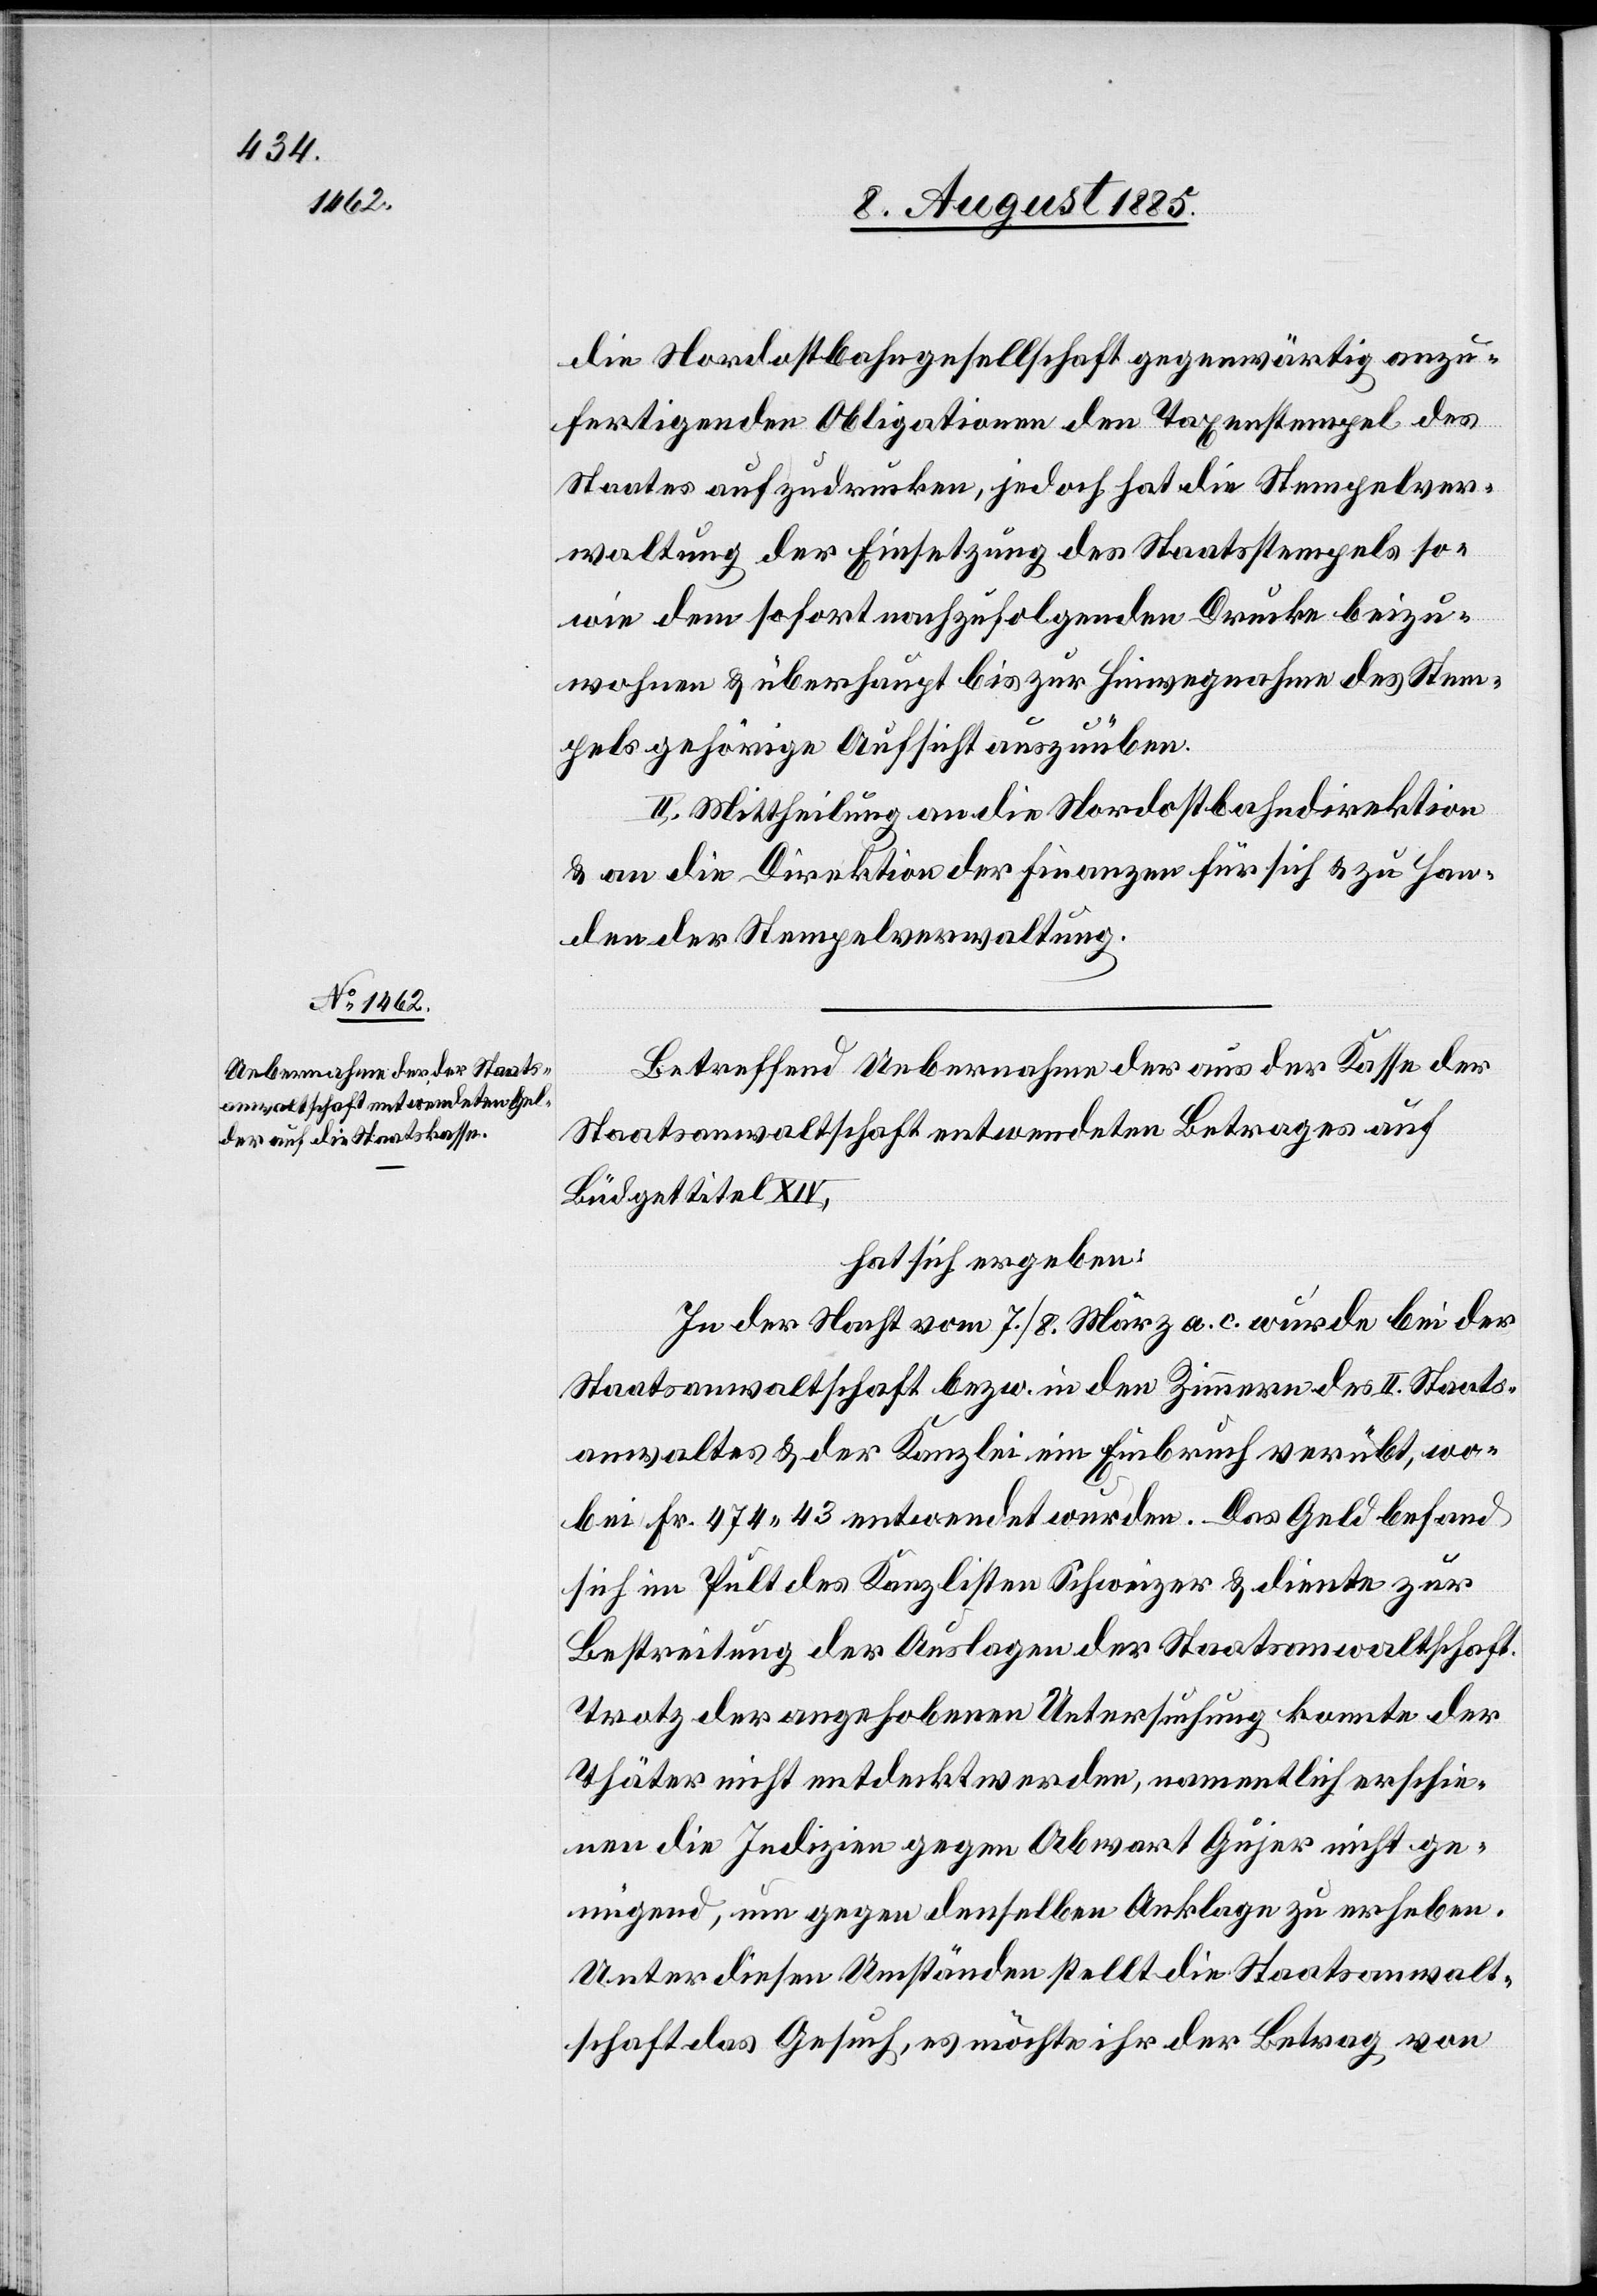
die Nordostbahngesellschaft gegenwärtig anzu¬
fertigenden Obligationen den Taxenstempel des
Staates aufzudrucken, jedoch hat die Stempelver¬
waltung der Einsetzung des Staatsstempels so¬
wie dem sofort nachzufolgenden Drucke beizu¬
wohnen & überhaupt bis zur Hinwegnahme des Stem¬
pels gehörige Aufsicht auszuüben.
II. Mittheilung an die Nordostbahndirektion
& an die Direktion der Finanzen für sich & zu Han¬
den der Stempelverwaltung.
Betreffend Uebernahme der aus der Kasse der
Staatsanwaltschaft entwendeten Betrages auf
Büdgetitel XIV,
hat sich ergeben:
In der Nach vom 7./8. März a. c. wurde bei der
Staatsanwaltschaft bezw. in den Zimmern des II. Staats¬
anwaltes & der Kanzlei ein Einbruch verübt, wo¬
bei Fr. 474 43 entwendet wurden. Das Geld befand
sich im Pult des Kanzlisten Schweizer & diente zur
Bestreitung der Auslagen der Staatsanwaltschaft.
Trotz der angehobenen Untersuchung konnte der
Thäter nicht entdeckt werden, namentlich erschie¬
nen die Indizien gegen Abwart Gujer nicht ge¬
nügend, um gegen denselben Anklage zu erheben.
Unter diesen Umständen stellt die Staatsanwalt¬
schaft das Gesuch, es möchte ihr der Betrag von